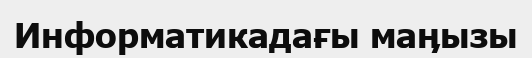
Информатикадағы маӊызы